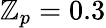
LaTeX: \mathbb{Z}_{p}=0.3